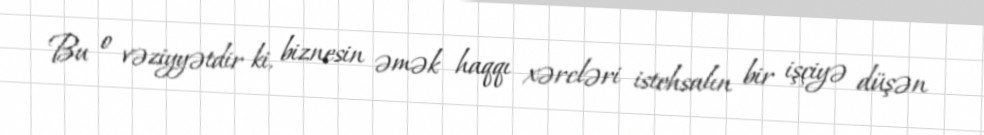
Bu o vəziyyətdir ki, biznesin əmək haqqı xərcləri istehsalın bir işçiyə düşən